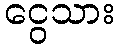
ငွေသား